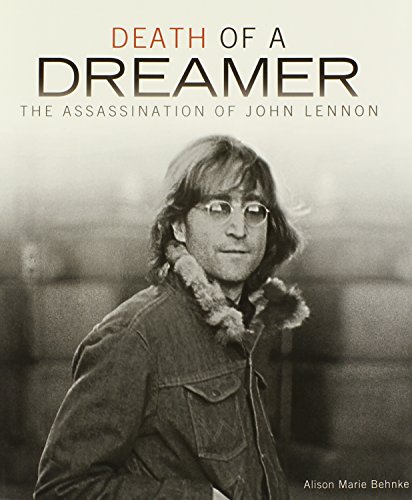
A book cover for Death of a Dreamer: The Assassination of John Lennon (Single Titles); Alison Marie Behnke; Teen & Young Adult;